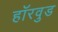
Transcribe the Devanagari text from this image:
हॉरवुड